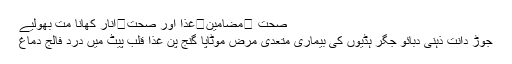
صحت ⬅مضامین⬅غذا اور صحت⬅انار کھانا مت بھُولیے
جوڑ دانت ذہنی دبائو جگر ہڈیوں کی بیماری متعدی مرض موٹاپا گنج پن غذا قلب پیٹ میں درد فالج دماغ